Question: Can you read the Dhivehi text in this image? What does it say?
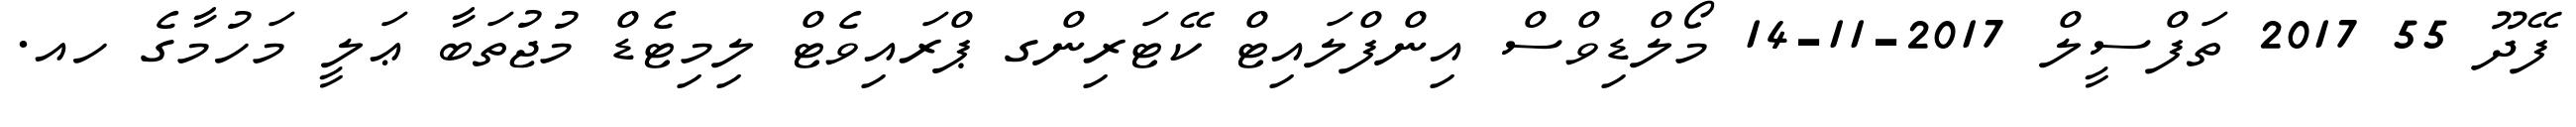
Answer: ފޭދޫ 55 2017 ތަފްސީލް 2017-11-14 މޯލްޑިވްސް އިންފްލައިޓް ކޭޓަރިންގ ޕްރައިވެޓް ލިމިޓެޑް މުޖުތަބާ ޢަލީ މަހުމާގެ ހއ.